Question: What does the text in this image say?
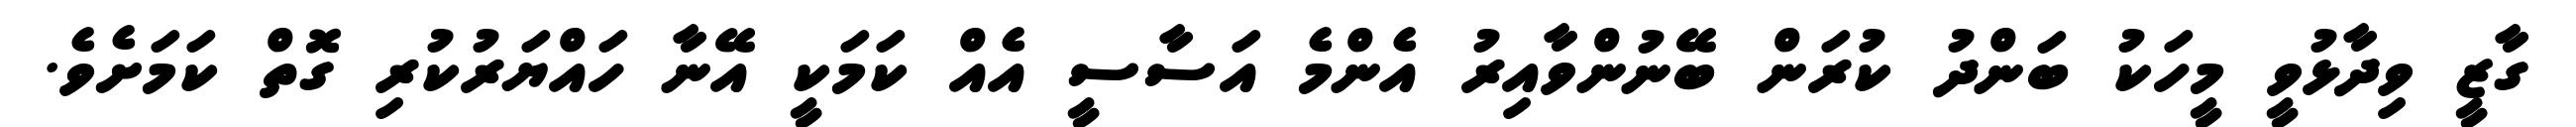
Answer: ގާޒީ ވިދާޅުވީ މީހަކު ބަންދު ކުރަން ބޭނުންވާއިރު އެންމެ އަސާސީ އެއް ކަމަކީ އޭނާ ހައްޔަރުކުރި ގޮތް ކަމަށެވެ.